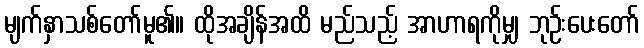
မျက်နှာသစ်တော်မူ၏။ ထိုအချိန်အထိ မည်သည့် အာဟာရကိုမျှ ဘုဉ်းပေးတော်